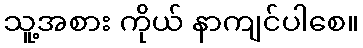
သူ့အစား ကိုယ် နာကျင်ပါစေ။